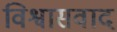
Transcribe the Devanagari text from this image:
विश्वासवाद